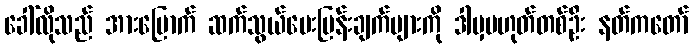
ခေါ်လိုသည် အားမြောက် ဆက်သွယ်မေးမြန်းချက်များကို ဒါမှမဟုတ်တစ်ဦး နတ်ကတော်